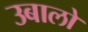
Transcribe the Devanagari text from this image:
उबालो